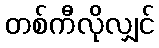
တစ်ကီလိုလျှင်